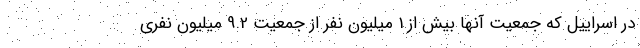
در اسراییل که جمعیت آنها بیش از 1 میلیون نفر از جمعیت 9.2 میلیون نفری